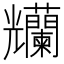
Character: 𠓚